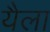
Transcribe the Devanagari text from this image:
यैला